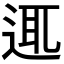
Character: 𨓊